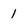
Character: 1